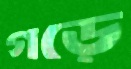
গড়ে